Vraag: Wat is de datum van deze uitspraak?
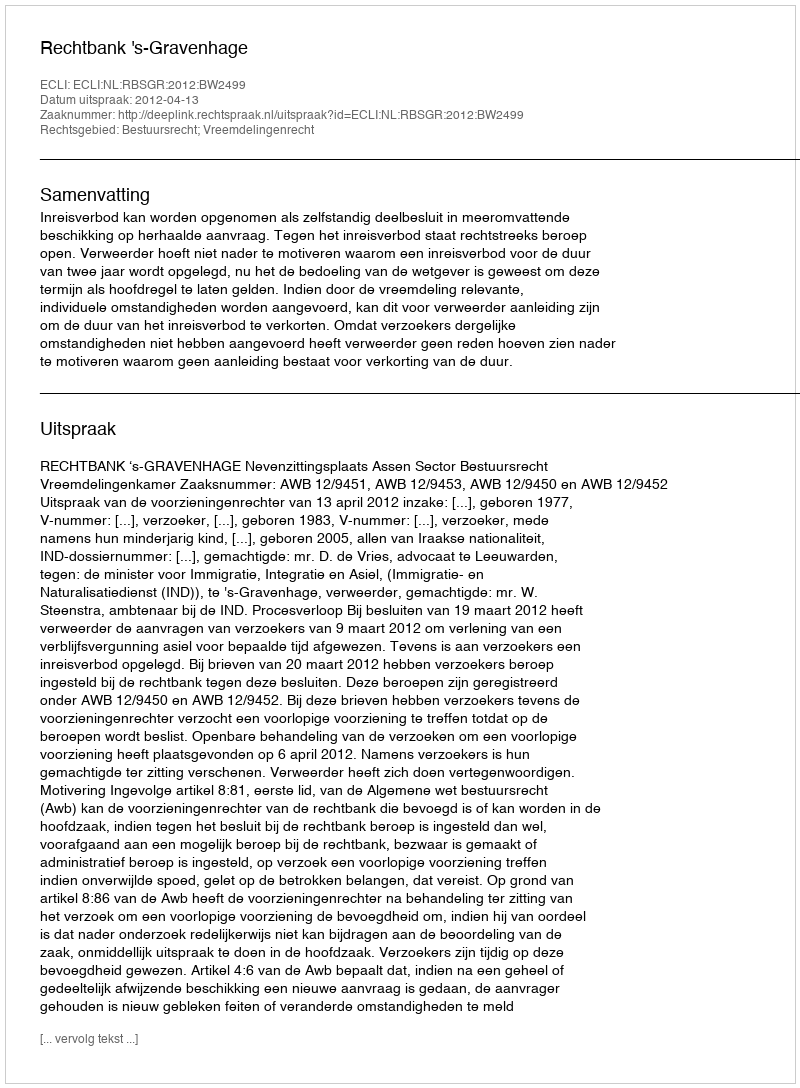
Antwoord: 2012-04-13